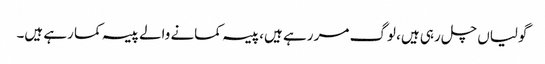
گولیاں چل رہی ہیں، لوگ مر رہے ہیں، پیسہ کمانے والے پیسہ کما رہے ہیں۔